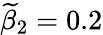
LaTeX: \widetilde{\beta}_{2}=0.2